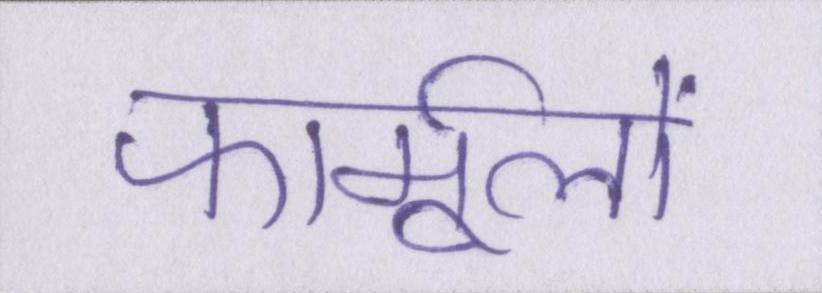
फार्मूलों